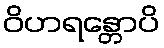
ဝိဟရန္တောပိ